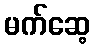
မက်ဆေ့